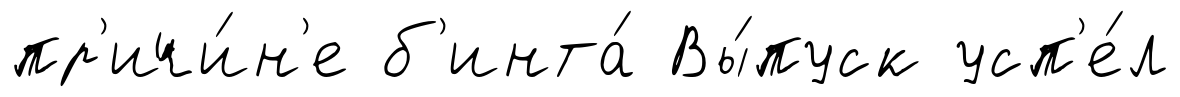
пр'ичи́н'е б'инта́ Вы́пуск усп'е́л